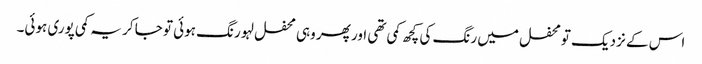
اس کے نزدیک تو محفل میں رنگ کی کچھ کمی تھی اور پھر وہی محفل لہو رنگ ہوئی تو جا کر یہ کمی پوری ہوئی۔